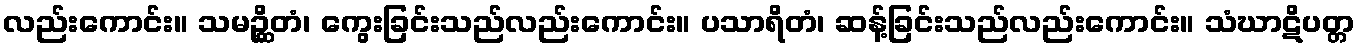
လည်းကောင်း။ သမဉ္ဆိတံ၊ ကွေးခြင်းသည်လည်းကောင်း။ ပသာရိတံ၊ ဆန့်ခြင်းသည်လည်းကောင်း။ သံဃာဋိပတ္တ